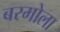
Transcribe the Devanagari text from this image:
बरमोला